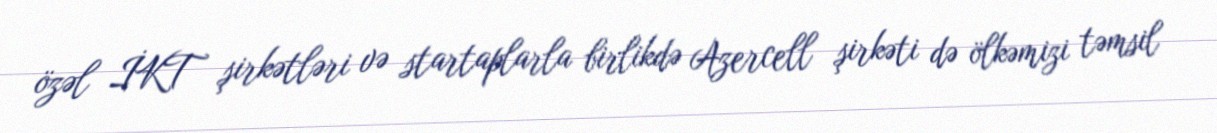
özəl İKT şirkətləri və startaplarla birlikdə Azercell şirkəti də ölkəmizi təmsil